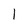
Character: I